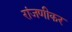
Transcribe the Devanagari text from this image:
रांजणीकर